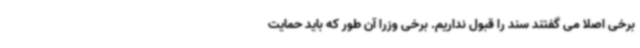
برخی اصلا می گفتند سند را قبول نداریم. برخی وزرا آن طور که باید حمایت